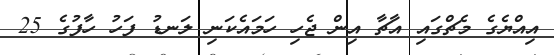
އިއްޔެގެ މެޗްގައި އާޗާ އިން ޖެހި ހަމައެކަނި ލަނޑު ފަހު ހާފުގެ 25